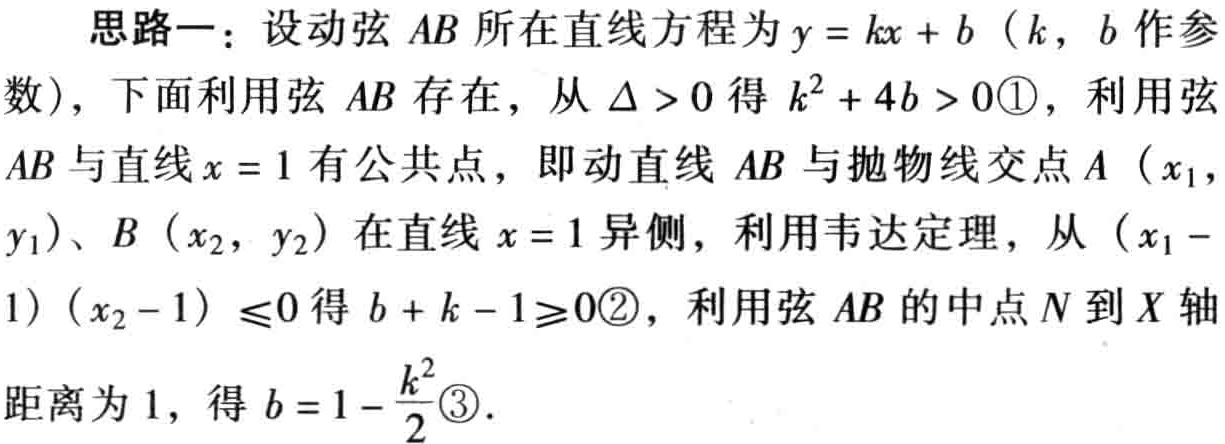
思路一：设动弦 \(AB\) 所在直线方程为 \(y = kx + b\)（\(k\)，\(b\) 作参数），下面利用弦 \(AB\) 存在，从 \(\Delta > 0\) 得 \(k^{2}+4b > 0\)\textcircled{1}，利用弦 \(AB\) 与直线 \(x = 1\) 有公共点，即动直线 \(AB\) 与抛物线交点 \(A\)（\(x_{1}\)，\(y_{1}\)）、\(B\)（\(x_{2}\)，\(y_{2}\)）在直线 \(x = 1\) 异侧，利用韦达定理，从 \((x_{1}-1)(x_{2}-1)\leq0\) 得 \(b + k - 1\geq0\)\textcircled{2}，利用弦 \(AB\) 的中点 \(N\) 到 \(X\) 轴距离为 \(1\)，得 \(b = 1-\frac{k^{2}}{2}\)\textcircled{3}.